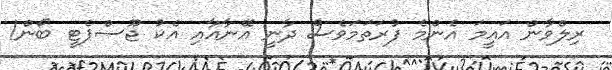
ރިލްވާން އައީމަ އެންމެ ފުރަތަމަވެސް ދާނީ އޭނާއާއި އެކު ޖޫސްޕެޓީ ބޯން!